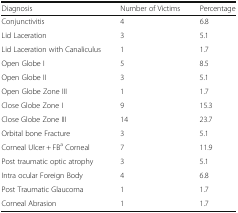
<table><thead><tr><td><b>Diagnosis</b></td><td><b>Number of Victims</b></td><td><b>Percentage</b></td></tr></thead><tbody><tr><td>Conjunctivitis</td><td>4</td><td>6.8</td></tr><tr><td>Lid Laceration</td><td>3</td><td>5.1</td></tr><tr><td>Lid Laceration with Canaliculus</td><td>1</td><td>1.7</td></tr><tr><td>Open Globe I</td><td>5</td><td>8.5</td></tr><tr><td>Open Globe II</td><td>3</td><td>5.1</td></tr><tr><td>Open Globe Zone III</td><td>1</td><td>1.7</td></tr><tr><td>Close Globe Zone I</td><td>9</td><td>15.3</td></tr><tr><td>Close Globe Zone III</td><td>14</td><td>23.7</td></tr><tr><td>Orbital bone Fracture</td><td>3</td><td>5.1</td></tr><tr><td>Corneal Ulcer + FB<sup>a</sup> Corneal</td><td>7</td><td>11.9</td></tr><tr><td>Post traumatic optic atrophy</td><td>3</td><td>5.1</td></tr><tr><td>Intra ocular Foreign Body</td><td>4</td><td>6.8</td></tr><tr><td>Post Traumatic Glaucoma</td><td>1</td><td>1.7</td></tr><tr><td>Corneal Abrasion</td><td>1</td><td>1.7</td></tr></tbody></table>